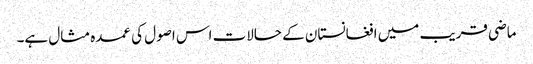
ماضی قریب میں افغانستان کے حالات اس اصول کی عمدہ مثال ہے۔